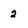
Character: 2